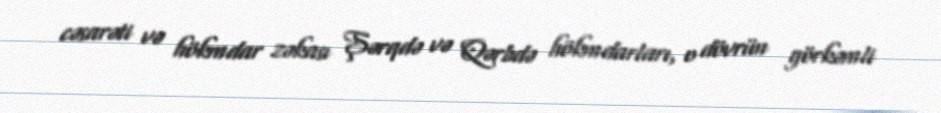
cəsarəti və hökmdar zəkası Şərqdə və Qərbdə hökmdarları, o dövrün görkəmli